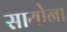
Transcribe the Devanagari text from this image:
सायोना